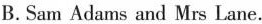
B.Sam Adams and Mrs Lane.